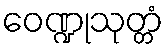
ဝေဏ္ဍုသုတ္တံ